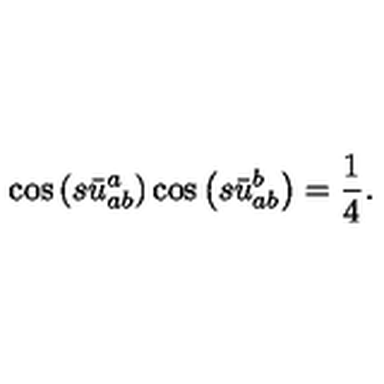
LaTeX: \cos \left( s \bar { u } _ { a b } ^ { a } \right) \cos \left( s \bar { u } _ { a b } ^ { b } \right) = \frac { 1 } { 4 } .